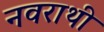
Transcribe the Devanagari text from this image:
नवराथी